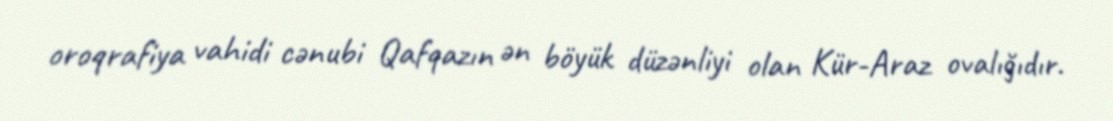
oroqrafiya vahidi cənubi Qafqazın ən böyük düzənliyi olan Kür-Araz ovalığıdır.